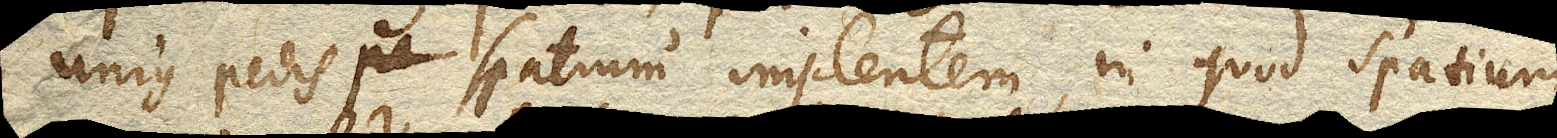
unius pedis pe spatium implentem, in quod spatium